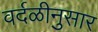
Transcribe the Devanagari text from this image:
वर्दळीनुसार